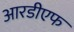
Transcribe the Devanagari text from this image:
आरडीएफ